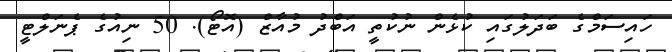
ހައިސަމްގެ ބަދަލުގައި ކުޅެން ނުކުތީ އަބްދު މުއާޒް (އޮޓޯ). 50 ނިއުގެ ޕެނަލްޓީ